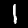
Label: 1